Vaccination report Assam 1896-1927 - 1896-1927
Year: 1896
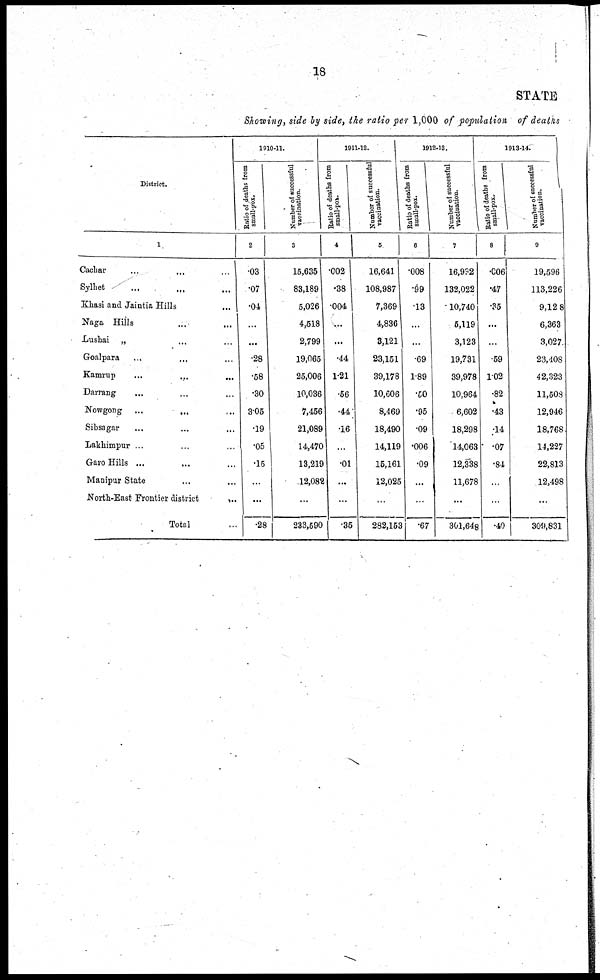
18
STATE
Showing, side by side, the ratio per 1,000 of population of deaths
District.
1
Cachar ... ... ...
Sylhet ... ... ...
Khasi and Jaintia Hills ... ...
Naga Hills ... ... ...
Lushai „ ... ...
Goalpara ... ... ...
Kamrup
...
...
...
Darrang
... ... ...
Nowgong ...
...
Sibsagar ... ... ...
Lakhimpur ... ... ...
Garo Hills ... ... ...
Manipur State ... ... ...
North-East Frontier district
...
Total ...
1910-11.
Ratio of deaths from
small-pox.
2
.03
.07
.04
...
...
.28
.58
.30
306
.19
.05
.15
...
...
.28
Number of successful
vaccination.
3
15,635
83,189
5,026
4,518
2,799
19,065
25,006
10,036
7,456
21,089
14,470
13,219
12,082
...
233,590
1911-12.
Ratio of deaths from
small-pox.
4
.002
.38
.004
...
...
.44
1.21
.56
.44
.16
...
.01
...
...
.35
Number of successful
vaccination.
5
16,641
108,987
7,369
4,836
3,121
23,151
39,178
10,606
8,49
18,490
14,119
15,161
12,025
...
282,153
1912-13.
Ratio of deaths from
small-pox.
6
.008
.99
.13
...
...
.69
1.89
.50
.95
.09
.006
.09
...
...
.67
Number of successful
vaccination.
7
16,992
132,022
10,740
5,119
3,123
19,731
39,978
10,964
6,602
18,298
14,063
12,338
11,678
...
301,648
1913-14.
Ratio of deaths from
small-pox.
8
.006
.47
.35
...
...
.59
1.02
.82
.43
.14
.07
.84
...
...
.40
Number of successful
vaccination.
9
19,596
113,226
9,128
6,363
3,027
23,408
42,323
11,508
12,946
18,768
14,227
22,813
12,498
...
309,831